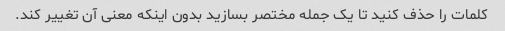
کلمات را حذف کنید تا یک جمله مختصر بسازید بدون اینکه معنی آن تغییر کند.